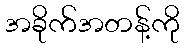
အခိုက်အတန့်ကို